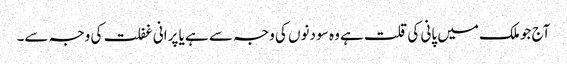
آج جو ملک میں پانی کی قلت ہے وہ سو دنوں کی وجہ سے ہے یا پرانی غفلت کی وجہ سے۔